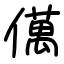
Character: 㒖